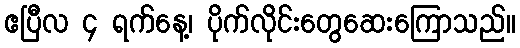
ဧပြီလ ၄ ရက်နေ့၊ ပိုက်လိုင်းတွေဆေးကြောသည်။